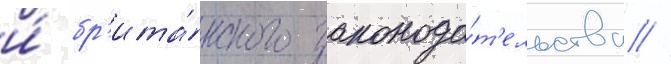
и́ бр'ита́нского законода́т'ельства //